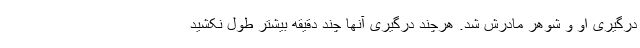
درگیری او و شوهر مادرش شد. هرچند درگیری آنها چند دقیقه بیشتر طول نکشید